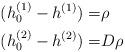
LaTeX: \begin{align*}(h_0^{(1)} - h^{(1)}) =& \rho \\(h_0^{(2)} - h^{(2)}) =& D\rho\end{align*}